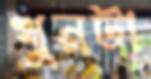
খুনটা